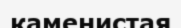
каменистая